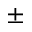
\pm